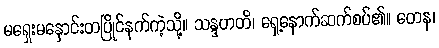
မရှေးမနှောင်းတပြိုင်နက်ကဲ့သို့။ သန္ဒဟတိ၊ ရှေ့နောက်ဆက်စပ်၏။ တေန၊